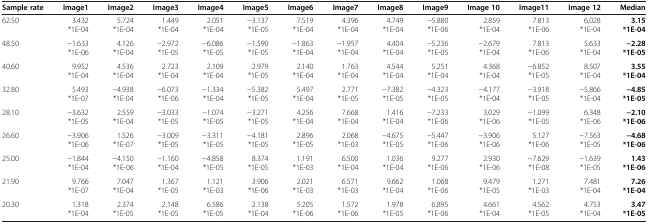
<table><thead><tr><td><b>Sample rate</b></td><td><b>Image1</b></td><td><b>Image2</b></td><td><b>Image3</b></td><td><b>Image4</b></td><td><b>Image5</b></td><td><b>Image6</b></td><td><b>Image7</b></td><td><b>Image8</b></td><td><b>Image9</b></td><td><b>Image 10</b></td><td><b>Image11</b></td><td><b>Image 12</b></td><td><b>Median</b></td></tr></thead><tbody><tr><td>62.50</td><td>3.432*1E-04</td><td>5.724*1E-04</td><td>1.449*1E-04</td><td>2.051*1E-04</td><td>−3.137*1E-05</td><td>7.519*1E-04</td><td>4.396*1E-04</td><td>4.749*1E-04</td><td>−5.880*1E-06</td><td>2.859*1E-04</td><td>7.813*1E-06</td><td>6.028*1E-04</td><td><b>3.15*1E-04</b></td></tr><tr><td>48.50</td><td>−1.633*1E-06</td><td>4.126*1E-04</td><td>−2.972*1E-05</td><td>−6.086*1E-05</td><td>−1.590*1E-05</td><td>−1.863*1E-04</td><td>−1.957*1E-04</td><td>4.404*1E-04</td><td>−5.236*1E-05</td><td>−2.679*1E-04</td><td>7.813*1E-06</td><td>5.633*1E-04</td><td><b>−2.28*1E-05</b></td></tr><tr><td>40.60</td><td>9.952*1E-04</td><td>4.536*1E-04</td><td>2.723*1E-04</td><td>2.109*1E-04</td><td>2.979*1E-05</td><td>2.140*1E-04</td><td>1.763*1E-04</td><td>4.544*1E-04</td><td>5.251*1E-04</td><td>4.368*1E-04</td><td>−6.852*1E-05</td><td>8.507*1E-04</td><td><b>3.55*1E-04</b></td></tr><tr><td>32.80</td><td>5.493*1E-07</td><td>−4.938*1E-04</td><td>−6.073*1E-06</td><td>−1.334*1E-04</td><td>−5.382*1E-05</td><td>5.497*1E-04</td><td>2.771*1E-05</td><td>−7.382*1E-05</td><td>−4.323*1E-05</td><td>−4.177*1E-04</td><td>−3.918*1E-05</td><td>−5.866*1E-04</td><td><b>−4.85*1E-05</b></td></tr><tr><td>28.10</td><td>−3.632*1E-05</td><td>2.559*1E-04</td><td>−3.033*1E-05</td><td>−1.074*1E-05</td><td>−3.271*1E-05</td><td>4.256*1E-04</td><td>7.668*1E-04</td><td>1.416*1E-04</td><td>−7.233*1E-06</td><td>3.029*1E-06</td><td>−1.099*1E-05</td><td>6.348*1E-06</td><td><b>−2.10*1E-06</b></td></tr><tr><td>26.60</td><td>−3.906*1E-06</td><td>1.526*1E-07</td><td>−3.009*1E-05</td><td>−3.311*1E-05</td><td>−4.181*1E-05</td><td>2.896*1E-05</td><td>2.068*1E-03</td><td>−4.675*1E-05</td><td>−5.447*1E-06</td><td>−3.906*1E-06</td><td>5.127*1E-06</td><td>−7.563*1E-05</td><td><b>−4.68*1E-06</b></td></tr><tr><td>25.00</td><td>−1.844*1E-04</td><td>−4.150*1E-06</td><td>−1.160*1E-04</td><td>−4.858*1E-05</td><td>8.374*1E-05</td><td>1.191*1E-03</td><td>6.500*1E-04</td><td>1.036*1E-04</td><td>9.277*1E-06</td><td>2.930*1E-06</td><td>−7.629*1E-08</td><td>−1.639*1E-05</td><td><b>1.43*1E-06</b></td></tr><tr><td>21.90</td><td>9.766*1E-07</td><td>7.047*1E-04</td><td>1.367*1E-05</td><td>1.121*1E-03</td><td>3.906*1E-06</td><td>2.021*1E-03</td><td>6.571*1E-03</td><td>9.662*1E-04</td><td>1.068*1E-06</td><td>9.479*1E-05</td><td>1.271*1E-03</td><td>7.481*1E-04</td><td><b>7.26*1E-04</b></td></tr><tr><td>20.30</td><td>1.318*1E-04</td><td>2.374*1E-05</td><td>2.148*1E-05</td><td>6.586*1E-05</td><td>2.138*1E-04</td><td>5.205*1E-06</td><td>1.572*1E-06</td><td>1.978*1E-05</td><td>6.895*1E-06</td><td>4.661*1E-04</td><td>4.562*1E-05</td><td>4.753*1E-04</td><td><b>3.47*1E-05</b></td></tr></tbody></table>